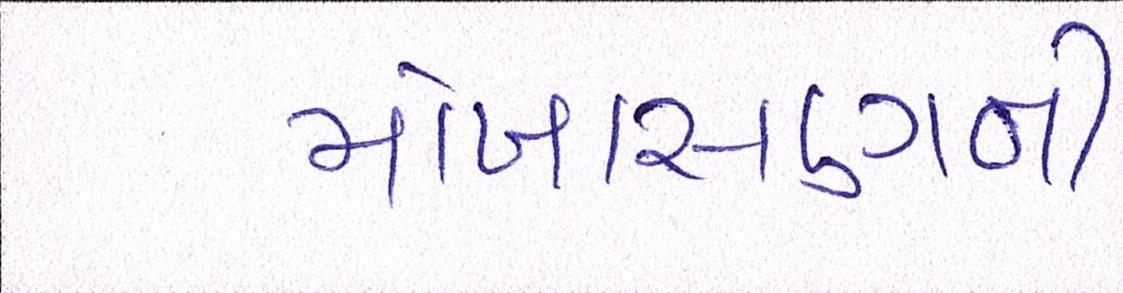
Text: મોખાસણની